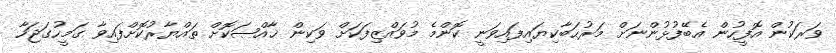
ވަރަކުން އޮފީހުން އެބޭފުޅުންނަށް މަރުޙަބާކިޔައިފައިވަނީ ކޮންމެ މުވައްޒިފަކަށް ވަކިން ޚާއްޞަކޮށް ތައްޔާރުކޮށްފައިވާ ގަމީހުގަޖަހާ